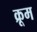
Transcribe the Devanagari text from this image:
क्रूम